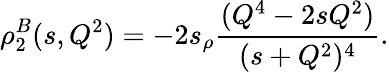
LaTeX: \rho_{2}^{B}(s,Q^{2})=-2s_{\rho}\frac{(Q^{4}-2sQ^{2})}{(s+Q^{2})^{4}}.